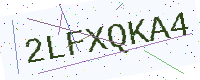
Text: 2LFXQKA4